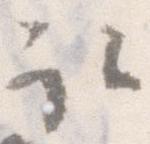
取